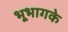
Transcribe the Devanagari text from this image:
भूभागके